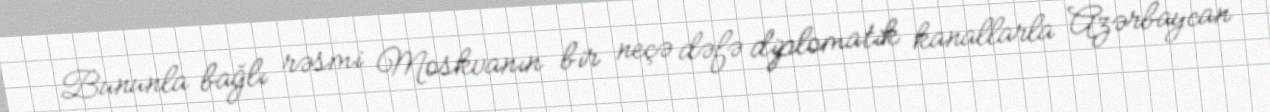
Bununla bağlı rəsmi Moskvanın bir neçə dəfə diplomatik kanallarla Azərbaycan